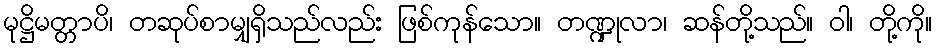
မုဋ္ဌိမတ္တာပိ၊ တဆုပ်စာမျှရှိသည်လည်း ဖြစ်ကုန်သော။ တဏ္ဍုလာ၊ ဆန်တို့သည်။ ဝါ၊ တို့ကို။